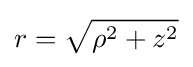
r={\sqrt {\rho ^{2}+z^{2}}}